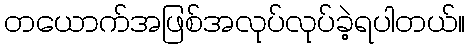
တယောက်အဖြစ်အလုပ်လုပ်ခဲ့ရပါတယ်။